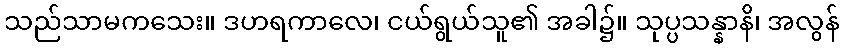
သည်သာမကသေး။ ဒဟရကာလေ၊ ငယ်ရွယ်သူ၏ အခါ၌။ သုပ္ပသန္နာနိ၊ အလွန်